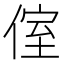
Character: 𠋤